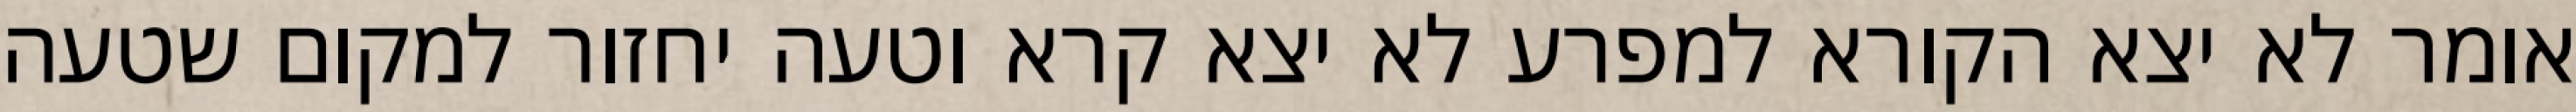
אומר לא יצא הקורא למפרע לא יצא קרא וטעה יחזור למקום שטעה